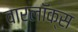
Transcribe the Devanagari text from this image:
वारलॉक्स